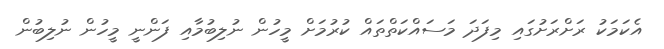
އެކަމަކު ރަށްރަށުގައި މިފަދަ މަސައްކަތްތައް ކުރުމަށް މީހުން ނުލިބުމާއި ފަންނީ މީހުން ނުލިބުން